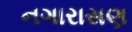
નગારાસણ